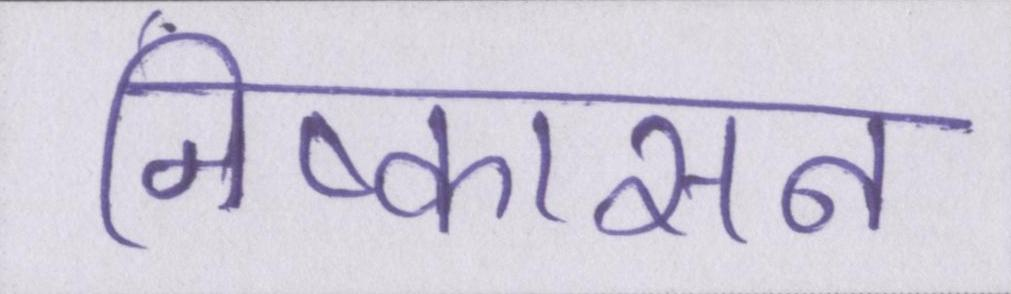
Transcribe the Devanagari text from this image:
निष्कासन